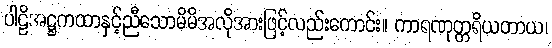
ပါဠိအဋ္ဌကထာနှင့်ညီသောမိမိအလိုအားဖြင့်လည်းကောင်း။ ကာရဏုတ္တရိယတာယ၊